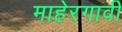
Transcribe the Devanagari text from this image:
माहेरगावी